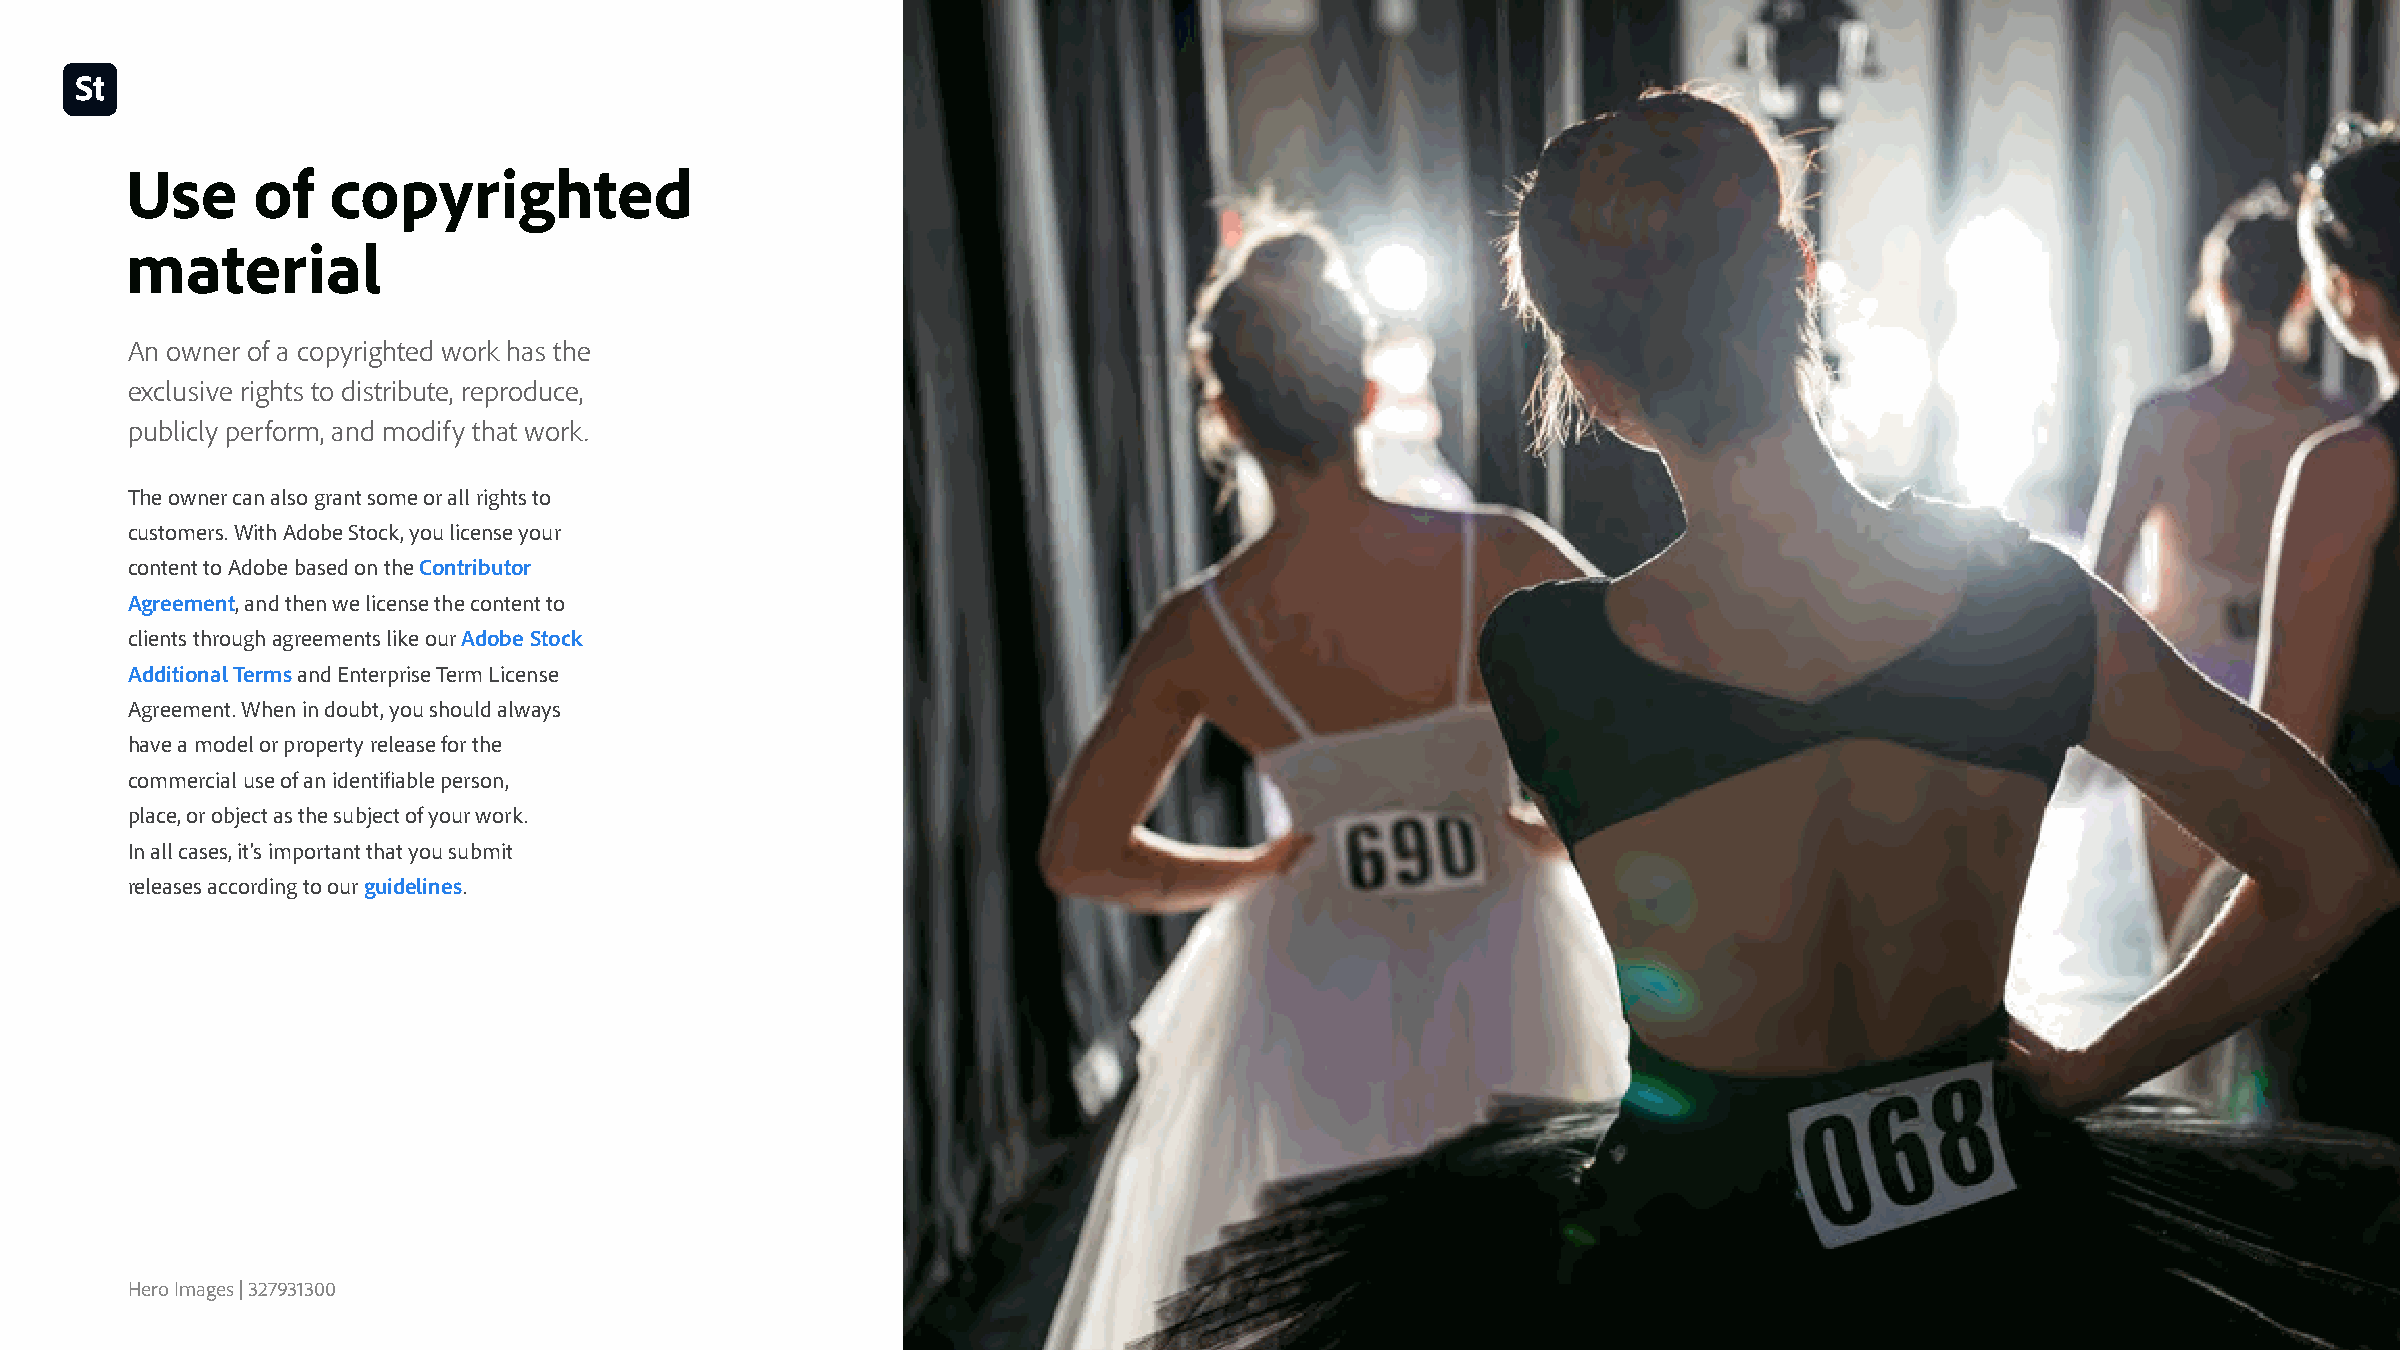
Use      of   copyrighted
 material
 An owner of a copyrighted work has the
 exclusive rights to distribute, reproduce,
 publicly perform, and modify that work.
 The owner can also grant some or all rights to
 customers. With Adobe Stock, you license your
 content to Adobe based on the Contributor
 Agreement, and then we license the content to
 clients through agreements like our Adobe Stock
 Additional Terms and Enterprise Term License
 Agreement. When in doubt, you should always
 have a model or property release for the
 commercial use of an identifiable person,
 place, or object as the subject of your work.
 In all cases, it’s important that you submit
 releases according to our guidelines.
 Hero Images | 327931300
 Natalia Martin Rivero - EyeEm | 318084406